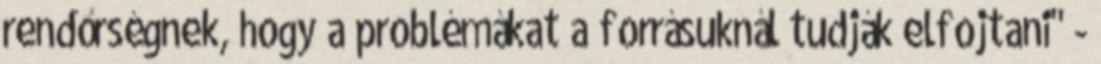
rendőrségnek, hogy a problémákat a forrásuknál tudják elfojtani" -